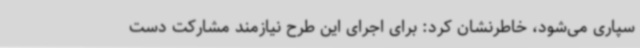
سپاری می‌شود، خاطرنشان کرد: برای اجرای این طرح نیازمند مشارکت دست